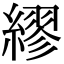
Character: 繆